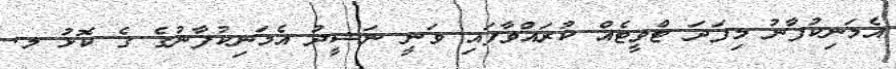
އެމަނިކުފާނު މިފަދަ ޓްވީޓެއް ކުރައްވާފައި ވަނީ ނަޝީދު އެމަނިކުފާނުގެ ގެ ކޮޅު މ.